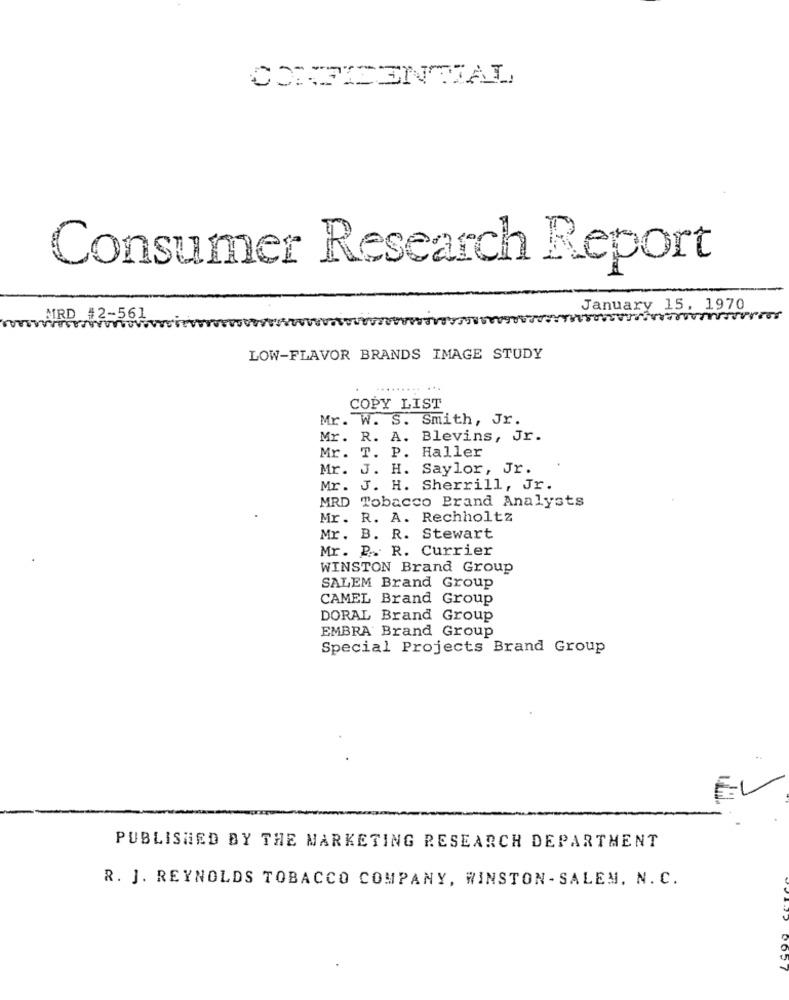
CONFIDENTIAL
Consumer Research Report
January 15, 1970
MRD #2-561
www .........
LOW-FLAVOR BRANDS IMAGE STUDY
...
COPY LIST
Mr. W. S. Smith, Jr.
Mr. R. A. Blevins, Jr.
Mr. T. P. Haller
Mr. J. H. Saylor, Jr.
Mr. J. H. Sherrill, Jr.
MRD Tobacco Brand Analysts
Mr. R. A. Rechholtz
Mr. B. R. Stewart
Mr. P. R. Currier
WINSTON Brand Group
SALEM Brand Group
CAMEL Brand Group
DORAL Brand Group
EMBRA Brand Group
Special Projects Brand Group
PUBLISHED BY THE MARKETING RESEARCH DEPARTMENT
R. J. REYNOLDS TOBACCO COMPANY, WINSTON- SALEM, N. C.